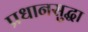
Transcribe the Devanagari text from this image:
प्रधानसुद्धा